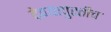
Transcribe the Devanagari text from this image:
देण्यापुरतीच